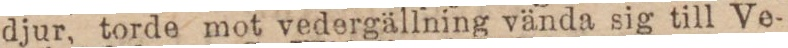
djur, torde mot vedergällning vända sig till Ve-